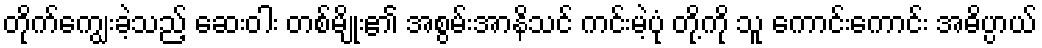
တိုက်ကျွေးခဲ့သည့် ဆေးဝါး တစ်မျိုး၏ အစွမ်းအာနိသင် ကင်းမဲ့ပုံ တို့ကို သူ ကောင်းကောင်း အဓိပ္ပာယ်